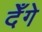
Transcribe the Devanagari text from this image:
देँगे